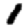
Digit: 1